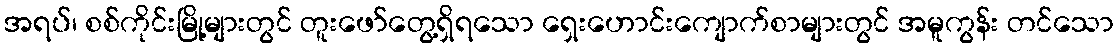
အရပ်၊ စစ်ကိုင်းမြို့များတွင် တူးဖော်တွေ့ရှိရသော ရှေးဟောင်းကျောက်စာများတွင် အမူကွန်း တင်သော